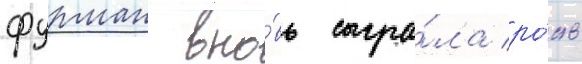
фурман вно́вь сыгра́ла ро́ль